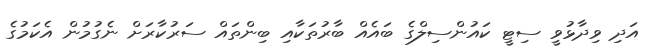
އަދި ވިދާޅުވީ ސިޓީ ކައުންސިލްގެ ބައެއް ބާރުތަކާއި ބިންތައް ސަރުކާރަށް ނެގުމުން އެކަމުގެ